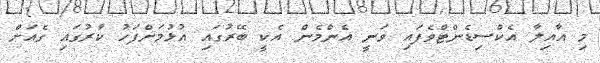
މި އާއިލާ އެކްސިޑެންޓްވެފައި ވަނީ އެންމެން އެކީ ބޭރުގައި އުޅުމަށްފަހު ކާރުގައި ގެއަށް